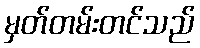
မှတ်တမ်းတင်သည်